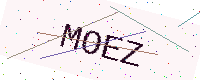
Text: MOEZ